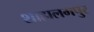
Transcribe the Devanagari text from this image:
शाहालमपुर